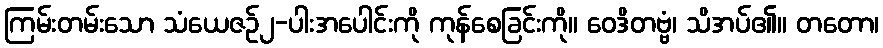
ကြမ်းတမ်းသော သံယေဇဉ်၂-ပါးအပေါင်းကို ကုန်စေခြင်းကို။ ဝေဒိတဗ္ဗံ၊ သိအပ်၏။ တတော၊